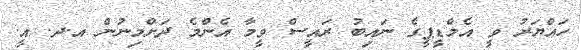
ހައްޔަރު ވީ އެމްޑީޕީގެ ނައިބު ރައީސް ވީމާ އެންމެ ދަށްމިނުން އ.ދ. އީ.